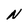
Character: N